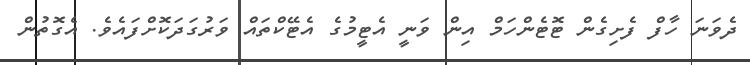
ދެވަނަ ހާފް ފެށިގެން ޓޮޓެންހަމް އިން ވަނީ އެޓީމުގެ އެޓޭކްތައް ވަރުގަދަކޮށްފައެވެ. އެގޮތުން